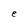
Character: E